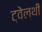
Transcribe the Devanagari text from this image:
ट्वेल्‍थी